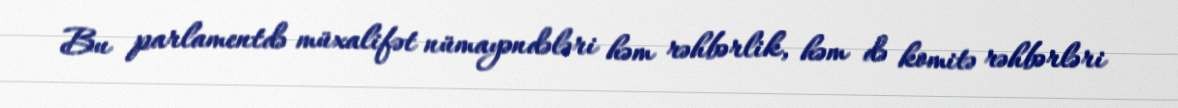
Bu parlamentdə müxalifət nümayəndələri həm rəhbərlik, həm də komitə rəhbərləri